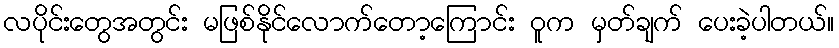
လပိုင်းတွေအတွင်း မဖြစ်နိုင်လောက်တော့ကြောင်း ဝူက မှတ်ချက် ပေးခဲ့ပါတယ်။